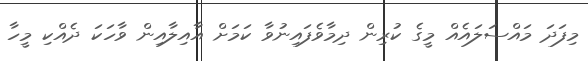
މިފަދަ މައްސަލައެއް މީގެ ކުރިން ދިމާވެފައިނުވާ ކަމަށް އާއިލާއިން ވާހަކަ ދެއްކި މީހާ